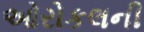
ઓરોકલની